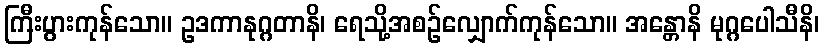
ကြီးပွားကုန်သော။ ဥဒကာနုဂ္ဂတာနိ၊ ရေသို့အစဉ်လျှောက်ကုန်သော။ အန္တောနိ မုဂ္ဂပေါသီနိ၊